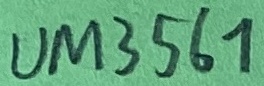
Text: UM3561